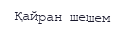
Қайран шешем